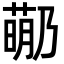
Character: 𬝡